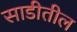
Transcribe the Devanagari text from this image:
साडीतील